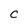
Character: C